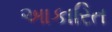
આકારિત